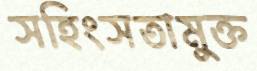
সহিংসতামুক্ত